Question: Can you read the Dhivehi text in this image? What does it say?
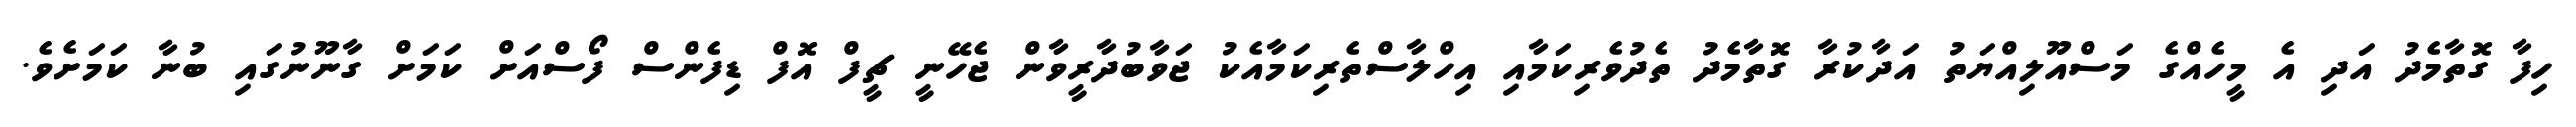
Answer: ހިފާ ގޮތާމެދު އަދި އެ މީހެއްގެ މަސްއޫލިއްޔަތު އަދާކުރާ ގޮތާމެދު ތެދުވެރިކަމާއި އިހްލާސްތެރިކަމާއެކު ޖަވާބުދާރީވާން ޖެހޭނީ ޗީފް އޮފް ޑިފެންސް ފޯސްއަށް ކަމަށް ގާނޫނުގައި ބުނާ ކަމަށެވެ.